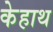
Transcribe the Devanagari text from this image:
केहाथ